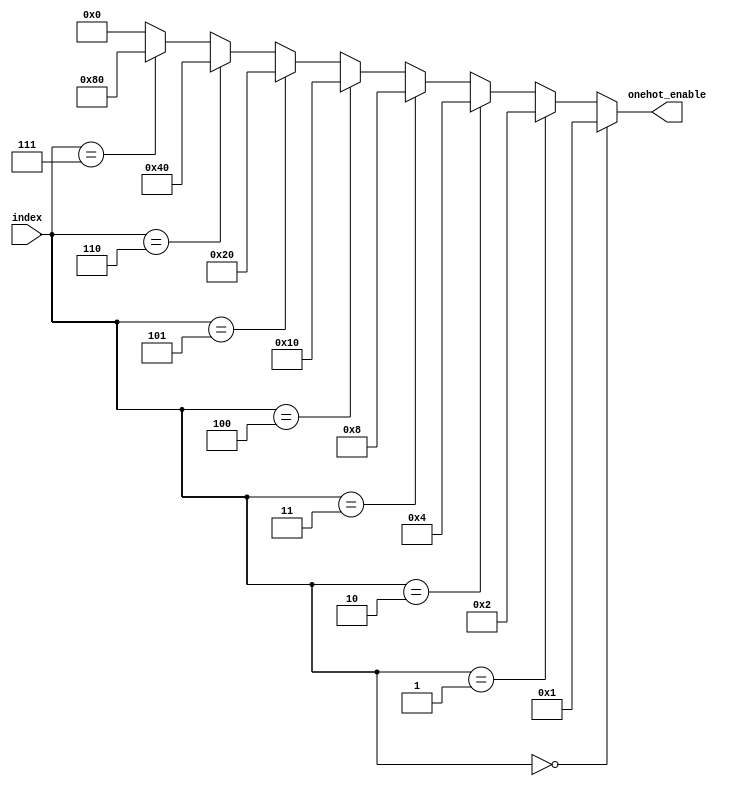
module decoder_3_8(input [2:0] index, output [7:0] onehot_enable);

assign onehot_enable = (index == 3'b000) ? 8'h1:
		  	(index == 3'b001) ? 8'h2:
			(index == 3'b010) ? 8'h4:
			(index == 3'b011) ? 8'h8:
			(index == 3'b100) ? 8'h10:
			(index == 3'b101) ? 8'h20:
			(index == 3'b110) ? 8'h40:
			(index == 3'b111) ? 8'h80:
			8'h0;
endmodule